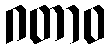
ဂတာဝ